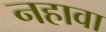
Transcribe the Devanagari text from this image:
नहावा